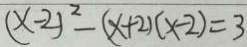
( x - 2 ) ^ { 2 } - ( x + 2 ) ( x - 2 ) = 3